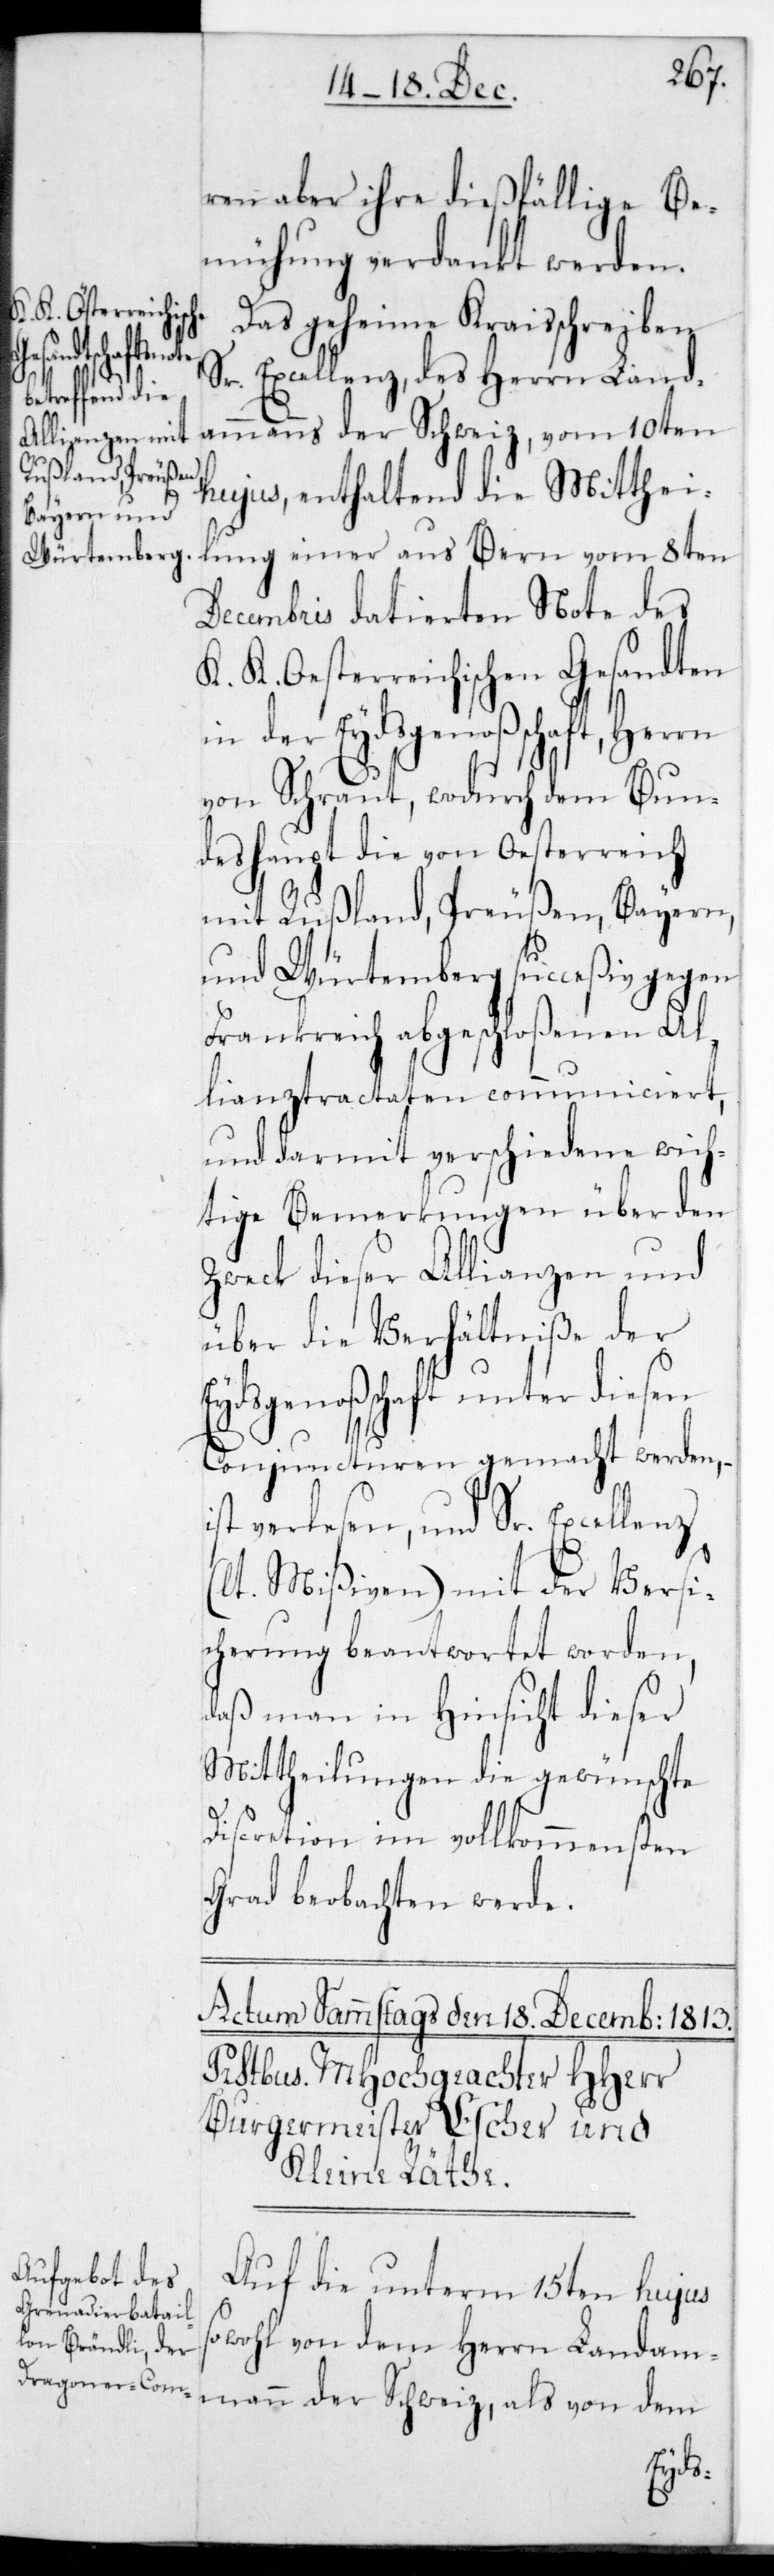
ren aber ihre dießfällige Be¬
mühung verdankt werden.
Das geheime Kraisschreiben
Sr. Excellenz des Herrn Land¬
ammanns der Schweiz vom 10ten
hujus, enthaltend die Mitthei¬
lung einer aus Bern vom 8ten
Decembris datierten Note des
K. K. Österreichischen Gesandten
in der Eydsgenoßenschaft, Herrn
von Schraut, wodurch dem Bun¬
deshaupt die von Oesterreich
mit Rußland, Preußen, Bayern
und Würtemberg succeßiv gegen
Frankreich abgeschloßenen Al¬
lianztractaten communiciert,
und damit verschiedene wich¬
tige Bemerkungen über den
Zweck dieser Allianzen und
über die Verhältniße der
genoßenschaft unter diesen
Conjuncturen gemacht werden, –
st verlesen und Sr. Excellenz
(lt. Mißiven) mit der Versi¬
cherung beantwortet worden,
daß man in Hinsicht dieser
Mittheilungen die gewünschte
Discretion im vollkommensten
Grad beobachten werde.
Auf die unterm 15ten hujus
sowohl von dem Herrn Landam¬
mann der Schweiz, als von dem
i¬